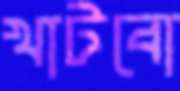
খাটবো